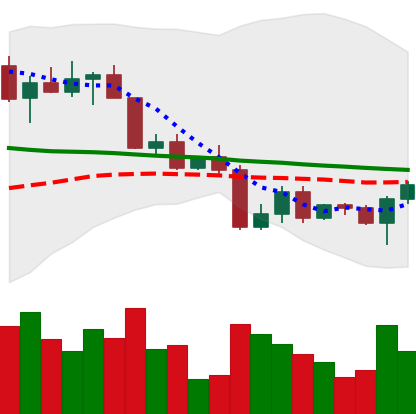
Ticker: BTC-USD
Chart end date: 2022-04-19
Forward return: -4.9%
Label: down_3_5